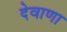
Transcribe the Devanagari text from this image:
देवाणा